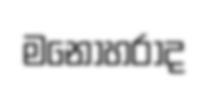
මනෝහරාද